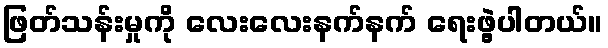
ဖြတ်သန်းမှုကို လေးလေးနက်နက် ရေးဖွဲ့ပါတယ်။